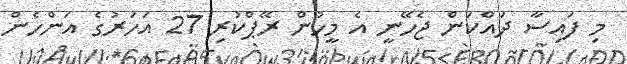
މި ފައިސާ ދައްކަން ޖެހޭނީ އެ މީހުން ރޭޕްކުރި 27 އަހަރުގެ އަންހެން